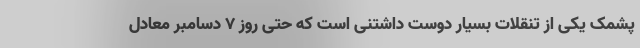
پشمک یکی از تنقلات بسیار دوست داشتنی است که حتی روز ۷ دسامبر معادل